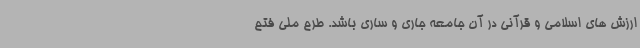
ارزش های اسلامی و قرآنی در آن جامعه جاری و ساری باشد. طرح ملی فتح